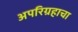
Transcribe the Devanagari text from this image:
अपरिग्रहाचा